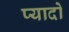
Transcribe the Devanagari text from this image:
प्‍यादो